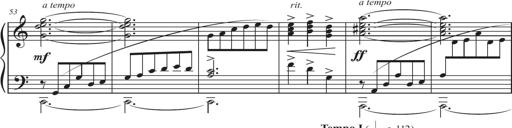
Title: Sonatina in D major
Composer: Shota Saitoh
Key: D major